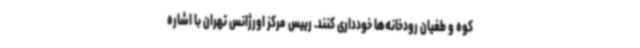
کوه و طغیان رودخانه‌ها خودداری کنند. رییس مرکز اورژانس تهران با اشاره